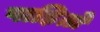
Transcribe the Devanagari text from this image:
पाड़ितों